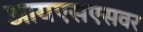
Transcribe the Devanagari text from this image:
आयएसएसवर